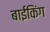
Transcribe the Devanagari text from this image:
बाईकिंग